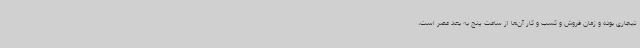
تیجاری بوده و زمان فروش و کسب و کار آن‌ها از ساعت پنج به بعد عصر است،